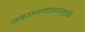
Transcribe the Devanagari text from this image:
समस्तजगदाधारमूर्तये